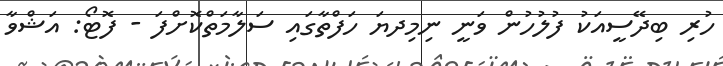
ހުރި ބިދޭސީއަކު ފުލުހުން ވަނީ ނިމިދޔަ ހަފްތާގައި ސަލާމަތްކޮށްފަ - ފޮޓޯ: އަޝްވާ